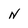
Character: N